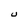
Character: U